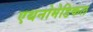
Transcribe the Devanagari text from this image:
एथनोमेडिकल